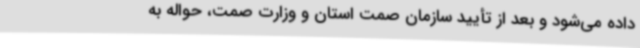
داده می‌شود و بعد از تأیید سازمان صمت استان و وزارت صمت، حواله به